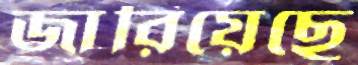
জারিয়েছে